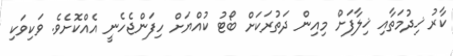
ކާރު ޚިދުމަތާއި ޚިލާފަށް މިއިން ދަތުރަކަށް ބޯޓު ކުއްޔަށް ހިފަންޖެހެނީ އެއްކޮށެވެ. ވަކިވަކި